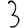
Digit: 3